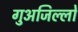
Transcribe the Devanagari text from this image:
गुअजिल्लो